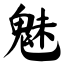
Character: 魅